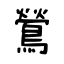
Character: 鶯